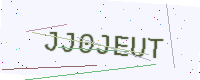
Text: JJ0JEUT